system: You are a helpful assistant.
user:
Analyze the provided spectrum to determine if it is a **White Dwarf (WD)**.

A White Dwarf spectrum is defined by its **extreme purity** (due to gravitational settling) and/or **extreme pressure broadening** (due to high surface gravity). You must check for one of the following mutually exclusive signatures:

- **Key Visual Indicators (Check for ONE of these types):**

    - **1. DA-Type Signature (Most Common):**
        - **(Primary Feature):** Extreme pressure broadening (Stark broadening) of the **Hydrogen (H) Balmer lines**.
        - **(Key Lines):** $H\beta$ (approx. $4861$ Å) and $H\gamma$ (approx. $4340$ Å). $H\alpha$ (approx. $6563$ Å) will also be present if the wavelength range covers it.
        - **(Line Profile):** This is the **defining feature**. The lines are **NOT** sharp. They appear as massive, **extremely broad and deep "troughs" or "dips"** in the spectrum, often hundreds of Ångströms wide. The continuum will appear to "scoop" down at these wavelengths.
        - **(Distinction):** Normal A-type or B-type stars have *narrow* and *sharp* Hydrogen lines. A DA White Dwarf's lines are unmistakably "smeared" or "blurry" from pressure.

    - **2. DB-Type Signature:**
        - **(Primary Feature):** Broad absorption lines from **Neutral Helium (He I)**. The spectrum must lack any visible Hydrogen lines.
        - **(Key Lines):** Look for broad absorption near $4471$ Å, $4921$ Å, and $5876$ Å.
        - **(Line Profile):** These lines are also significantly pressure-broadened, appearing much wider than they would in a normal B-type main-sequence star.

    - **3. DC-Type Signature:**
        - **(Primary Feature):** A **featureless continuous spectrum**.
        - **(Line Profile):** The spectrum is a smooth curve with **no significant absorption or emission lines**.
        - **(Key Confirmation):** The continuum is almost always **blue or white**, indicating a hot object. This signature implies the atmosphere is so pure (or so cool) that no spectral lines are visible in the optical range. Its WD identity is confirmed by its extremely low intrinsic brightness (high absolute magnitude).

    - **4. DZ-Type Signature (Metal-Polluted):**
        - **(Primary Feature):** **Isolated, narrow metal absorption lines** on an otherwise featureless (DC-like) continuum.
        - **(Key Lines):** The **Calcium (Ca II) H & K doublet** (approx. **$3934$ Å** and **$3968$ Å**) is the most common and defining feature.
        - **(Line Profile):** These lines are "out of place." They are *not* part of a "forest" of thousands of lines. This signature is evidence of recent *accretion* (pollution) from rocky debris.
        - **(Distinction):** Normal G/K/M stars have a *dense forest* of thousands of metal lines. A DZ has a *clean* continuum with *only a few* strong metal lines.

    - **5. DQ-Type Signature (Carbon-Polluted):**
        - **(Primary Feature):** Absorption bands from **Carbon (C₂ "Swan Bands" or atomic C I)**.
        - **(Key Lines - C₂):** Look for bandheads with a "saw-tooth" shape near $5635$ Å, **$5165$ Å** (strongest), and $4737$ Å.
        - **(Key Confirmation):** The underlying **continuum must be blue or white** (hot).
        - **(Distinction):** This is the critical difference from a **Carbon Star**, which has the *exact same* C₂ bands but on an extremely **red, cool** continuum.

- **(Overall Spectrum):**
    - The continuum (overall shape) is typically **blue-sloping** (brighter in the blue than the red), as most white dwarfs are very hot.
    - The spectrum will look "pure" or "simple," dominated by only *one* of the five signatures listed above.

Think first, call **spectral_visualization_tool** if needed to examine features in detail, then provide your final answer. Your response must adhere to the following strict rules:
1.  **Overall Structure:** Your response must follow the format `<think>...</think> <tool_call>...</tool_call> (if a tool is used) <answer>...</answer>`.
2.  **Tool Usage Constraint:** You may only make **one** tool call per turn.
3.  **Final Answer Format:** In the `<answer>` tag, your conclusion must be inside a `\boxed{}` command (e.g., `\boxed{YES}` or `\boxed{NO}`), followed by your justification.

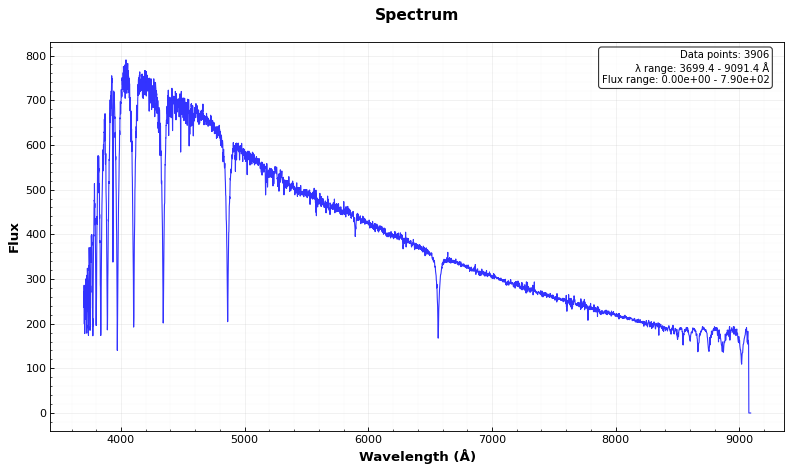
Answer: NO